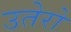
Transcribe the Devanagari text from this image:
उतेरो